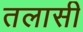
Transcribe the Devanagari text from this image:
तलासी